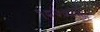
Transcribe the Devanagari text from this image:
१८७७पासून